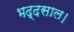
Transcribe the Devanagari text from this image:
भद्दसाल।